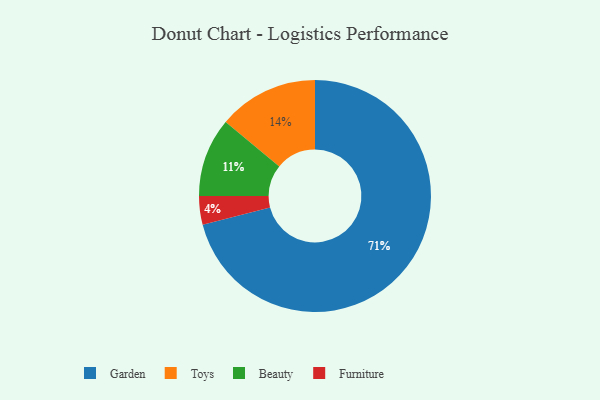
{"axis": {"x": "Category", "y": "Percentage"}, "legend": ["Beauty", "Furniture", "Garden", "Toys"], "data": [{"x": "Toys", "y": 14, "type": "Toys"}, {"x": "Garden", "y": 71, "type": "Garden"}, {"x": "Furniture", "y": 4, "type": "Furniture"}, {"x": "Beauty", "y": 11, "type": "Beauty"}]}